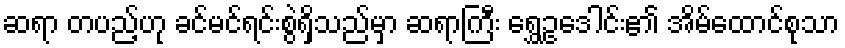
ဆရာ တပည့်ဟု ခင်မင်ရင်းစွဲရှိသည်မှာ ဆရာကြီး ရွှေဥဒေါင်း၏ အိမ်ထောင်စုသာ